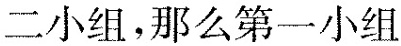
二小组，那么第一小组